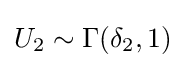
U_{2}\sim \Gamma (\delta _{2},1)